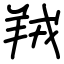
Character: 羢